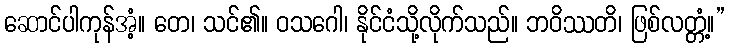
ဆောင်ပါကုန်အံ့။ တေ၊ သင်၏။ ဝသဂေါ၊ နိုင်ငံသို့လိုက်သည်။ ဘဝိဿတိ၊ ဖြစ်လတ္တံ့။”